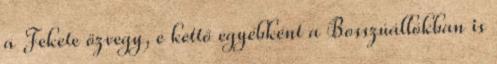
a Fekete özvegy, e kettő egyébként a Bosszúállókban is